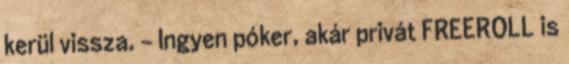
kerül vissza. - Ingyen póker, akár privát FREEROLL is